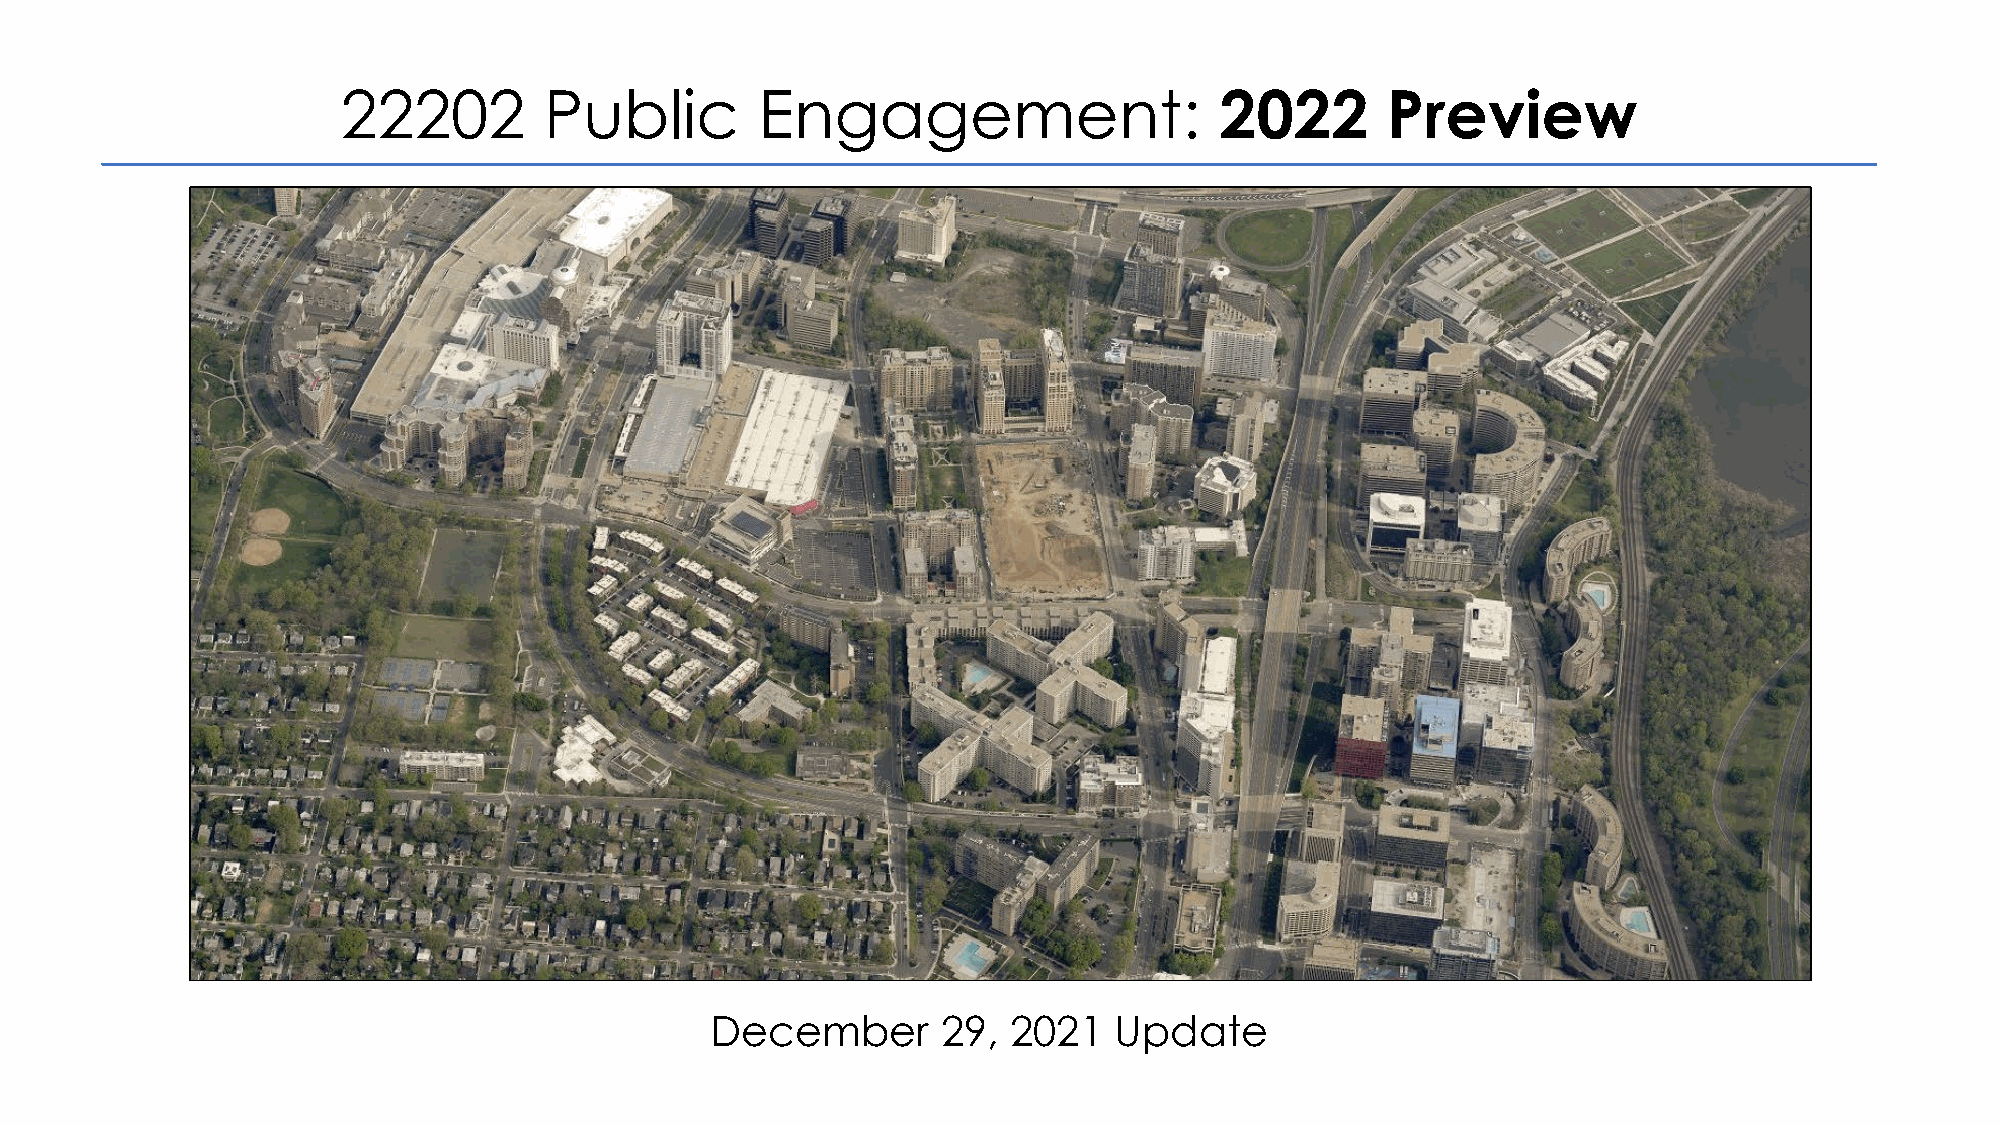
22202        Public        Engagement:                    2022       Preview
 December       29,  2021   Update